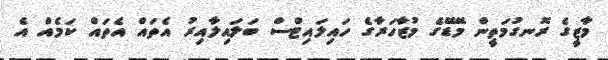
މާޒީގެ ރޮނގުމަތީން މޭޑޭގެ މުޒާހަރާގެ ހައިލައިޓްސް ބަލައިލާއިރު އެތައް އެތައް ކަމެއް އެ